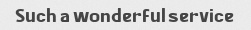
Such a wonderful service